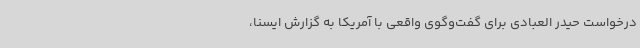
درخواست حیدر العبادی برای گفت‌وگوی واقعی با آمریکا به گزارش ایسنا،